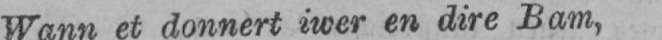
Wann et donnert iwer en dire Bam,